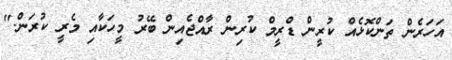
އަހަރެން ތަންކޮޅެއް ކުރީން ޑްރީމް ކުރިން ރާއްޖެއިން ބޭރު މީހަކާއި މެރީ ކުރަން."